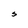
Character: S